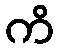
ကိ